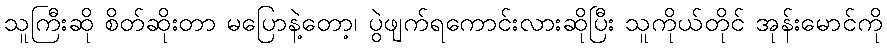
သူကြီးဆို စိတ်ဆိုးတာ မပြောနဲ့တော့၊ ပွဲဖျက်ရကောင်းလားဆိုပြီး သူကိုယ်တိုင် အုန်းမောင်ကို